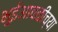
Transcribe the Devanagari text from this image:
भुईआवळीच्या